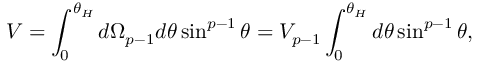
{ \cal V } = \int _ { 0 } ^ { \theta _ { H } } d \Omega _ { p - 1 } d \theta \sin ^ { p - 1 } \theta = V _ { p - 1 } \int _ { 0 } ^ { \theta _ { H } } d \theta \sin ^ { p - 1 } \theta ,